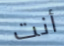
أنت